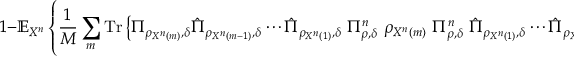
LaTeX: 1 - \mathbb { E } _ { X ^ { n } } \left\{ { \frac { 1 } { M } } \sum _ { m } { \mathrm { T r } } \left\{ \Pi _ { \rho _ { X ^ { n } \left( m \right) } , \delta } { \hat { \Pi } } _ { \rho _ { X ^ { n } \left( m - 1 \right) } , \delta } \cdots { \hat { \Pi } } _ { \rho _ { X ^ { n } \left( 1 \right) } , \delta } \ \Pi _ { \rho , \delta } ^ { n } \ \rho _ { X ^ { n } \left( m \right) } \ \Pi _ { \rho , \delta } ^ { n } \ { \hat { \Pi } } _ { \rho _ { X ^ { n } \left( 1 \right) } , \delta } \cdots { \hat { \Pi } } _ { \rho _ { X ^ { n } \left( m - 1 \right) } , \delta } \Pi _ { \rho _ { X ^ { n } \left( m \right) } , \delta } \right\} \right\}